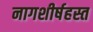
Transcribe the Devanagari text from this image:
नागशीर्षहस्त